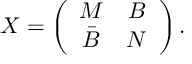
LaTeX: X = \left( \begin{array} { c c } { { M } } & { { B } } \\ { { \bar { B } } } & { { N } } \end{array} \right) .